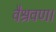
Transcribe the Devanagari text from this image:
वैश्रवण।